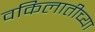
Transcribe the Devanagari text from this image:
वकिलातीच्या